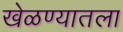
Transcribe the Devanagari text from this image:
खेळण्यातला